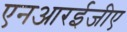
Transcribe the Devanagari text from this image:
एनआरईजीए